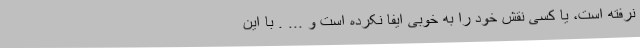
نرفته است، یا کسی نقش خود را به خوبی ایفا نکرده است و ... . با این